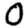
Digit: 0